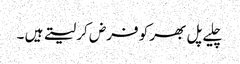
چلیے پل بھر کو فرض کر لیتے ہیں ۔